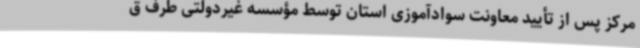
مرکز پس از تأیید معاونت سوادآموزی استان توسط مؤسسه غیردولتی طرف ق